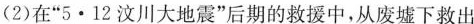
(2)在”5·12汶川大地震”后期的救援中，从废墟下救出